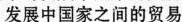
发展中国家之间的贸易